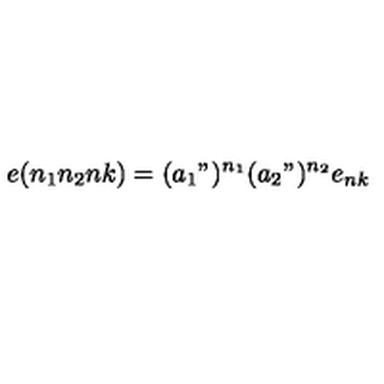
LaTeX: e ( n _ { 1 } n _ { 2 } n k ) = ( a _ { 1 } " ) ^ { n _ { 1 } } ( a _ { 2 } " ) ^ { n _ { 2 } } e _ { n k }